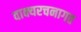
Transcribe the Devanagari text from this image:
वाक्यरचनागत